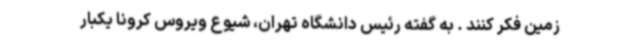
زمین فکر کنند . به گفته رئیس دانشگاه تهران، شیوع ویروس کرونا یکبار